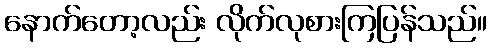
နောက်တော့လည်း လိုက်လုစားကြပြန်သည်။